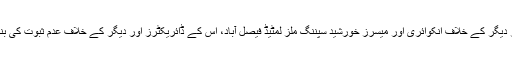
ایگزیکٹو بورڈ اجلاس نے سید محمود شاہ اور دیگر کے خلاف انکوائری اور میسرز خورشید سپننگ ملز لمٹیڈ فیصل آباد، اس کے ڈائریکٹرز اور دیگر کے خلاف عدم ثبوت کی بنیاد پر ا نکوائری بند کرنے کی منظوری دی۔